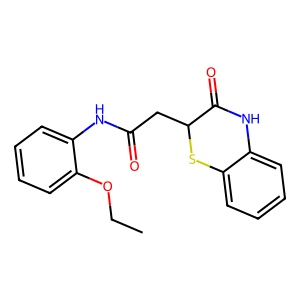
SMILES: CCOc1ccccc1NC(=O)CC1Sc2ccccc2NC1=O
Inhibits HIV replication: No